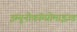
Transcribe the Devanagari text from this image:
इम्यूनोकॉम्प्रोमाइज़्ड